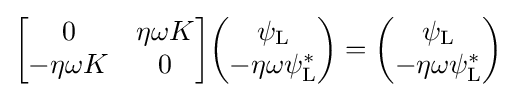
{\begin{bmatrix}0&\eta \omega K\\-\eta \omega K&0\end{bmatrix}}{\begin{pmatrix}\psi _{\rm {L}}\\-\eta \omega \psi _{\rm {L}}^{*}\end{pmatrix}}={\begin{pmatrix}\psi _{\rm {L}}\\-\eta \omega \psi _{\rm {L}}^{*}\end{pmatrix}}